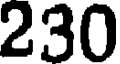
230